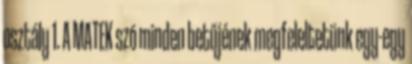
osztály 1. A MATEK szó minden betűjének megfeleltetünk egy-egy